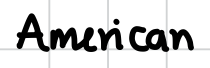
Text: American
Cross-out: clean
Writing tool: digital_black